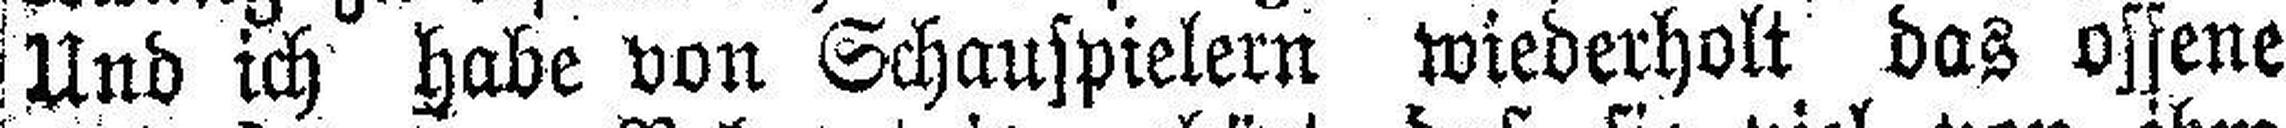
Und ich habe von Schauspielern wiederholt das offene